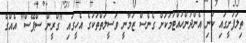
ތިލަފުށީގައި ކުނި އެންދުންހުއްޓުމަކަށް ގެނެސް ޒަމާނީ ވަސީލަތްތަކުގެ އެހީގައި "ގްރީން ސްޕޭސް" އެއްގެ